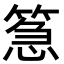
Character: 𮅪